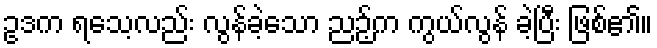
ဥဒက ရသေ့လည်း လွန်ခဲ့သော ညဉ့်က ကွယ်လွန် ခဲ့ပြီး ဖြစ်၏။